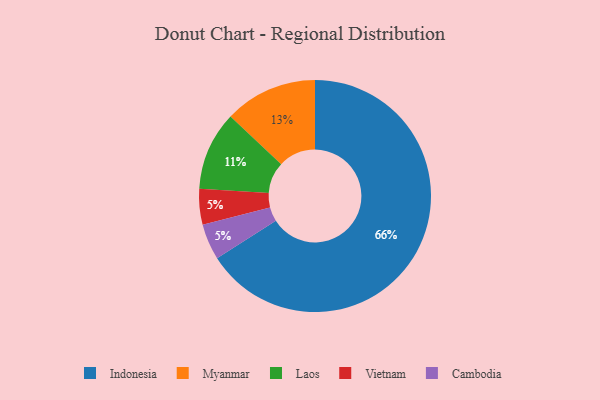
{"axis": {"x": "Category", "y": "Percentage"}, "legend": ["Cambodia", "Indonesia", "Laos", "Myanmar", "Vietnam"], "data": [{"x": "Vietnam", "y": 5, "type": "Vietnam"}, {"x": "Myanmar", "y": 13, "type": "Myanmar"}, {"x": "Cambodia", "y": 5, "type": "Cambodia"}, {"x": "Laos", "y": 11, "type": "Laos"}, {"x": "Indonesia", "y": 66, "type": "Indonesia"}]}